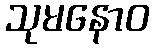
သုမနောဝ